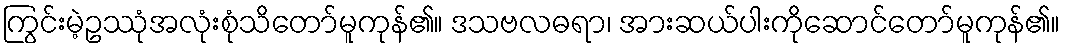
ကြွင်းမဲ့ဥဿုံအလုံးစုံသိတော်မူကုန်၏။ ဒသဗလဓရာ၊ အားဆယ်ပါးကိုဆောင်တော်မူကုန်၏။